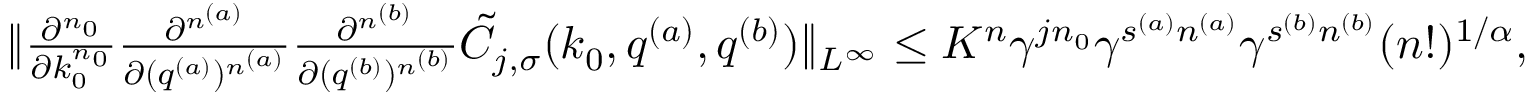
\begin{array} { r } { \Vert \frac { \partial ^ { n _ { 0 } } } { \partial k _ { 0 } ^ { n _ { 0 } } } \frac { \partial ^ { n ^ { ( a ) } } } { \partial ( q ^ { ( a ) } ) ^ { n ^ { ( a ) } } } \frac { \partial ^ { n ^ { ( b ) } } } { \partial ( q ^ { ( b ) } ) ^ { n ^ { ( b ) } } } \tilde { C } _ { j , \sigma } ( k _ { 0 } , q ^ { ( a ) } , q ^ { ( b ) } ) \Vert _ { L ^ { \infty } } \le K ^ { n } \gamma ^ { j n _ { 0 } } \gamma ^ { s ^ { ( a ) } n ^ { ( a ) } } \gamma ^ { s ^ { ( b ) } n ^ { ( b ) } } ( n ! ) ^ { 1 / \alpha } , } \end{array}